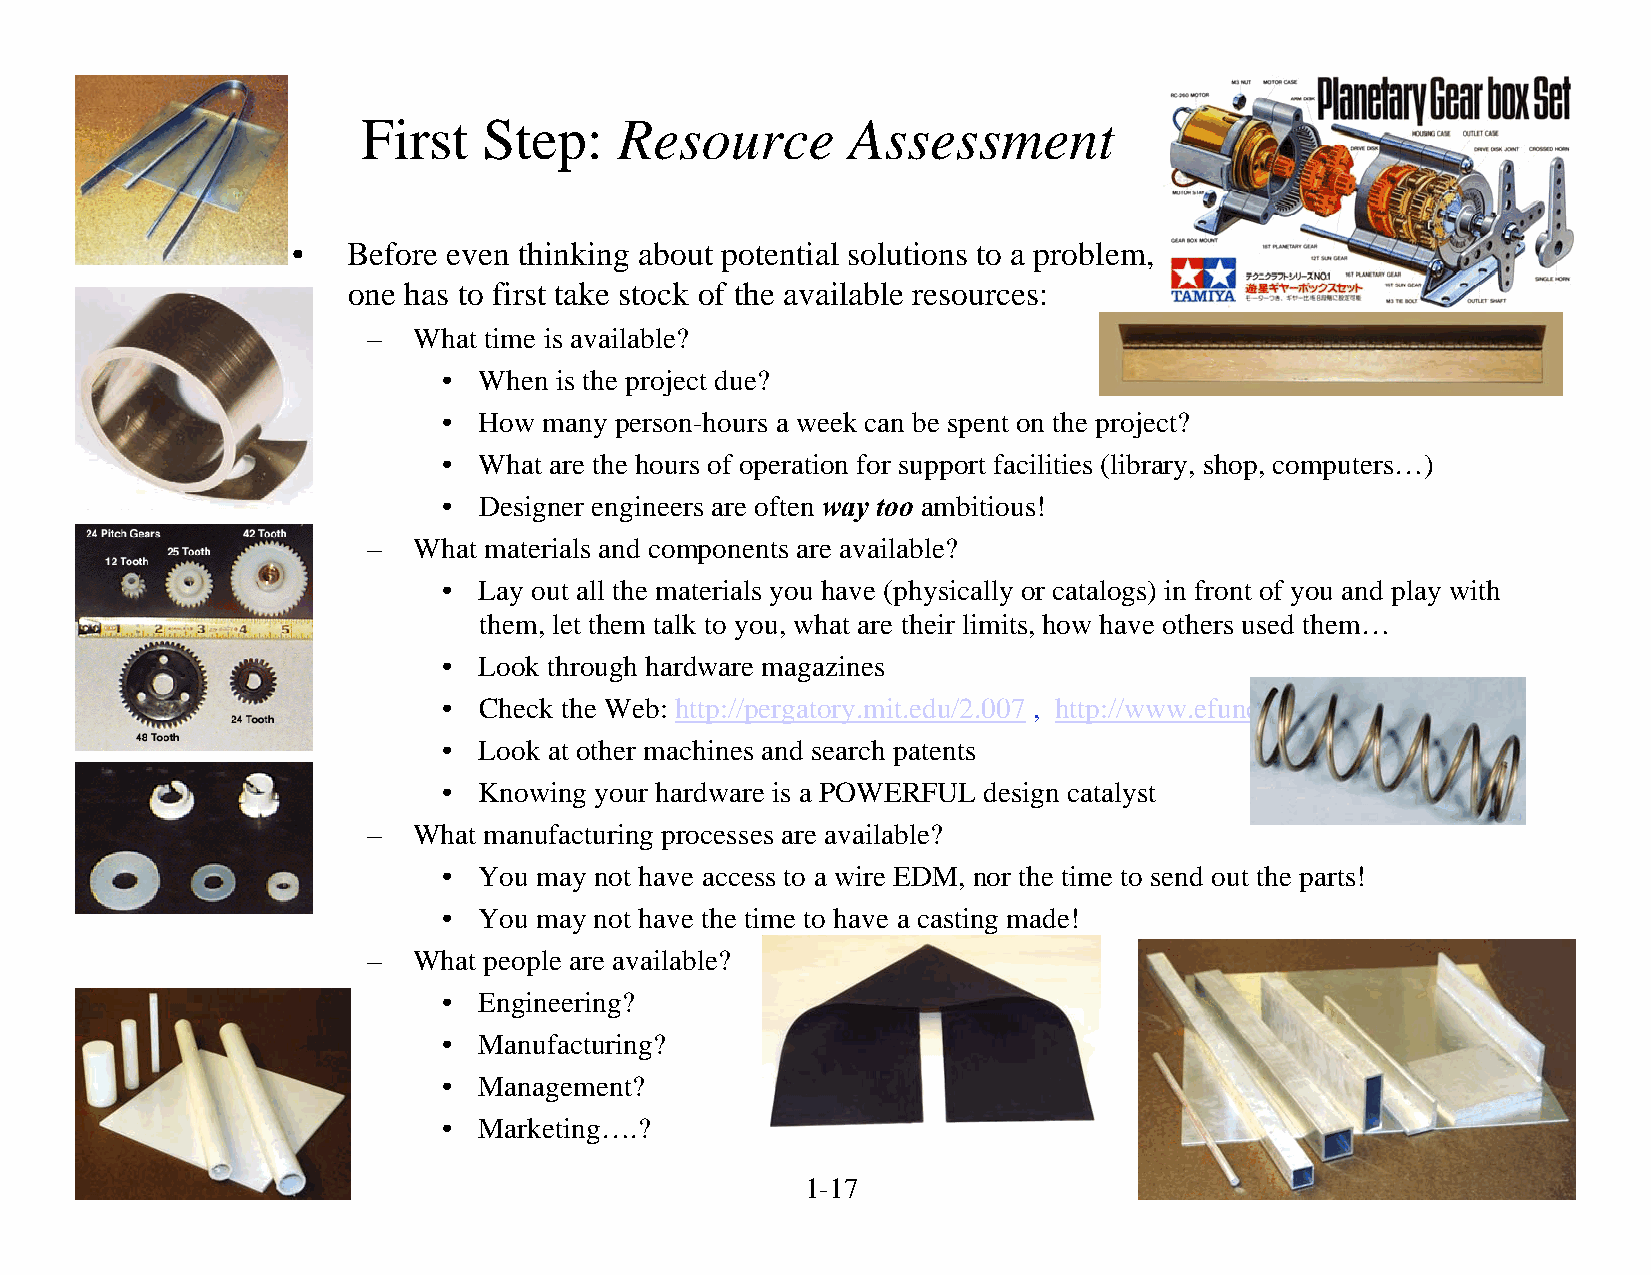
First   Step:    Resource       Assessment
 •   Before even thinking about potential solutions to a problem,
 one has to first take stock of the available resources:
 –  What time is available?
 •  When is the project due?
 •  How many person-hours a week can be spent on the project?
 •  What are the hours of operation for support facilities (library, shop, computers…)
 •  Designer engineers are often way too ambitious!
 –  What materials and components are available?
 •  Lay out all the materials you have (physically or catalogs) in front of you and play with
 them, let them talk to you, what are their limits, how have others used them…
 •  Look through hardware magazines
 •  Check the Web: http://pergatory.mit.edu/2.007 , http://www.efunda.com/home.cfm
 •  Look at other machines and search patents
 •  Knowing your hardware is a POWERFUL design catalyst
 –  What manufacturing processes are available?
 •  You may not have access to a wire EDM, nor the time to send out the parts!
 •  You may not have the time to have a casting made!
 –  What people are available?
 •  Engineering?
 •  Manufacturing?
 •  Management?
 •  Marketing….?
 © 2008 Alexander Slocum                        1-17                                       1/1/2008